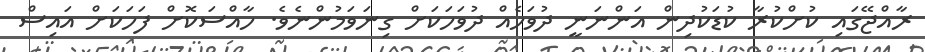
ރާއްޖޭގައި ކުށްކުރާ ކުޑަކުދިން އަންނަނީ ދުވަހެއް ދުވަހަކަށް ގިނަވަމުންނެވެ. ހާއްސަކޮށް ފަހަކަށް އައިސް